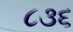
૮૩૬